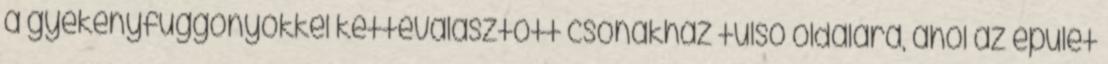
a gyékényfüggönyökkel kettéválasztott csónakház túlsó oldalára, ahol az épület